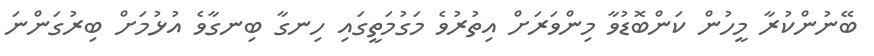
ބޭނުންކުރާ މީހުން ކަންބޮޑުވާ މިންވަރަަށް އިތުރުވެ މަގުމަތީގައި ހިނގާ ބިނގާވެ އުޅުމަށް ބިރުގަންނަ